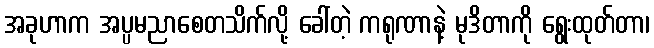
အခုဟာက အပ္ပမညာစေတသိက်လို့ ခေါ်တဲ့ ကရုဏာနဲ့ မုဒိတာကို ရွေးထုတ်တာ၊